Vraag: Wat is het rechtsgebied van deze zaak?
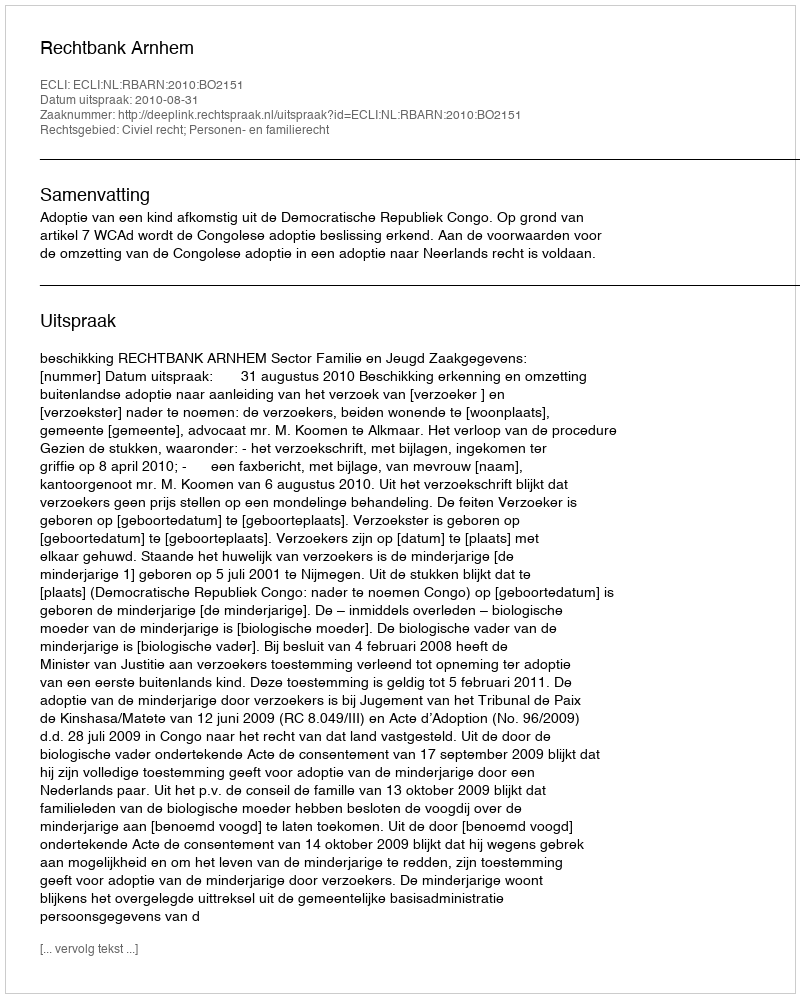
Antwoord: Civiel recht; Personen- en familierecht